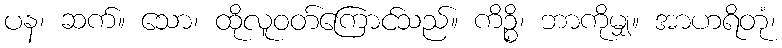
ပန၊ ဆက်။ သော၊ ထိုလူဝတ်ကြောင်သည်။ ကိဉ္စိ၊ ဘာကိုမျှ။ အာဟရိတုံ၊